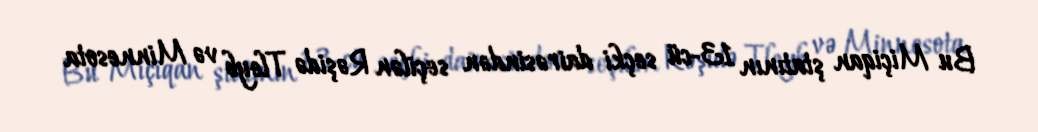
Bu Miçiqan ştatının 13-cü seçki dairəsindən seçilən Rəşidə Tleyb və Minnesota